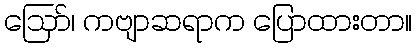
ဪ၊ ကဗျာဆရာက ပြောထားတာ။